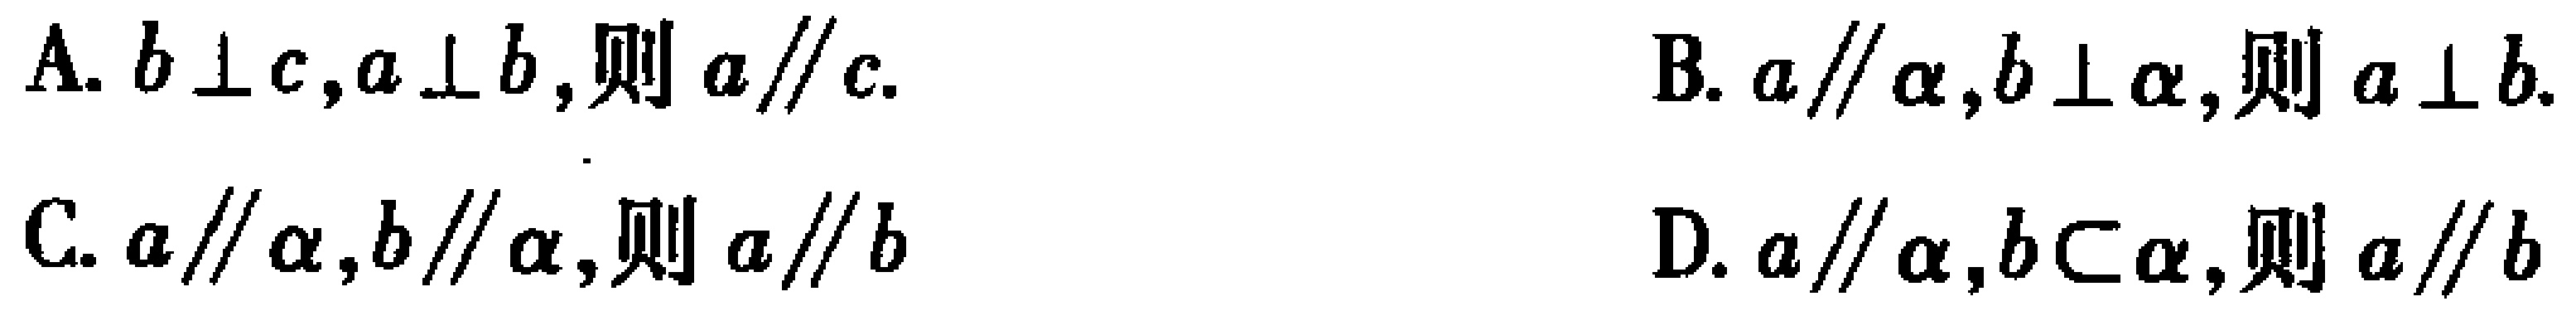
A. $b\perp c,a\perp b,则\ a\parallel c.$
B. $a\parallel \alpha,b\perp \alpha,则\ a\perp b.$
C. $a\parallel \alpha,b\parallel \alpha,则\ a\parallel b$
D. $a\parallel \alpha,b\subset \alpha,则\ a\parallel b$